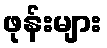
ဖုန်းများ